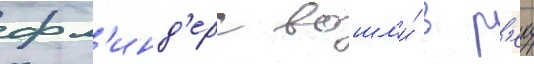
фл'инд'ерс вошл'и́ в р'еку